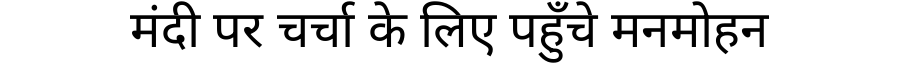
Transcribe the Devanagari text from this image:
मंदी पर चर्चा के लिए पहुँचे मनमोहन